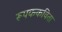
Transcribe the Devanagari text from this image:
रूपककविता